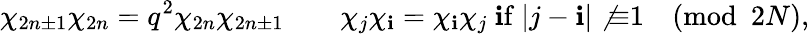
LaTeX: \chi_{2n\pm1}\chi_{2n}=q^{2}\chi_{2n}\chi_{2n\pm1}\qquad\chi_{j}\chi_{\mathbf{i}}=\chi_{\mathbf{i}}\chi_{j}\mathrm{{~\mathbf{i}f~}}|j-\mathbf{i}|\not{\equiv}1\pmod{2N},